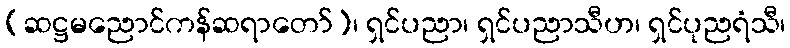
(ဆဋ္ဌမညောင်ကန်ဆရာတော်)၊ ရှင်ပညာ၊ ရှင်ပညာသီဟ၊ ရှင်ပုညရံသီ၊